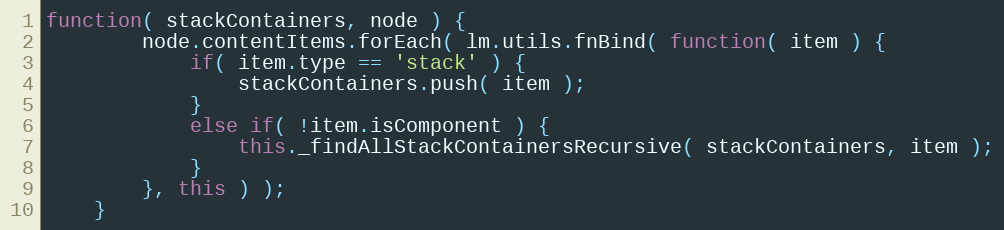
Language: JavaScript
function( stackContainers, node ) {
		node.contentItems.forEach( lm.utils.fnBind( function( item ) {
			if( item.type == 'stack' ) {
				stackContainers.push( item );
			}
			else if( !item.isComponent ) {
				this._findAllStackContainersRecursive( stackContainers, item );
			}
		}, this ) );
	}